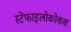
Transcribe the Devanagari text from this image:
स्टेफाइलोकोकस